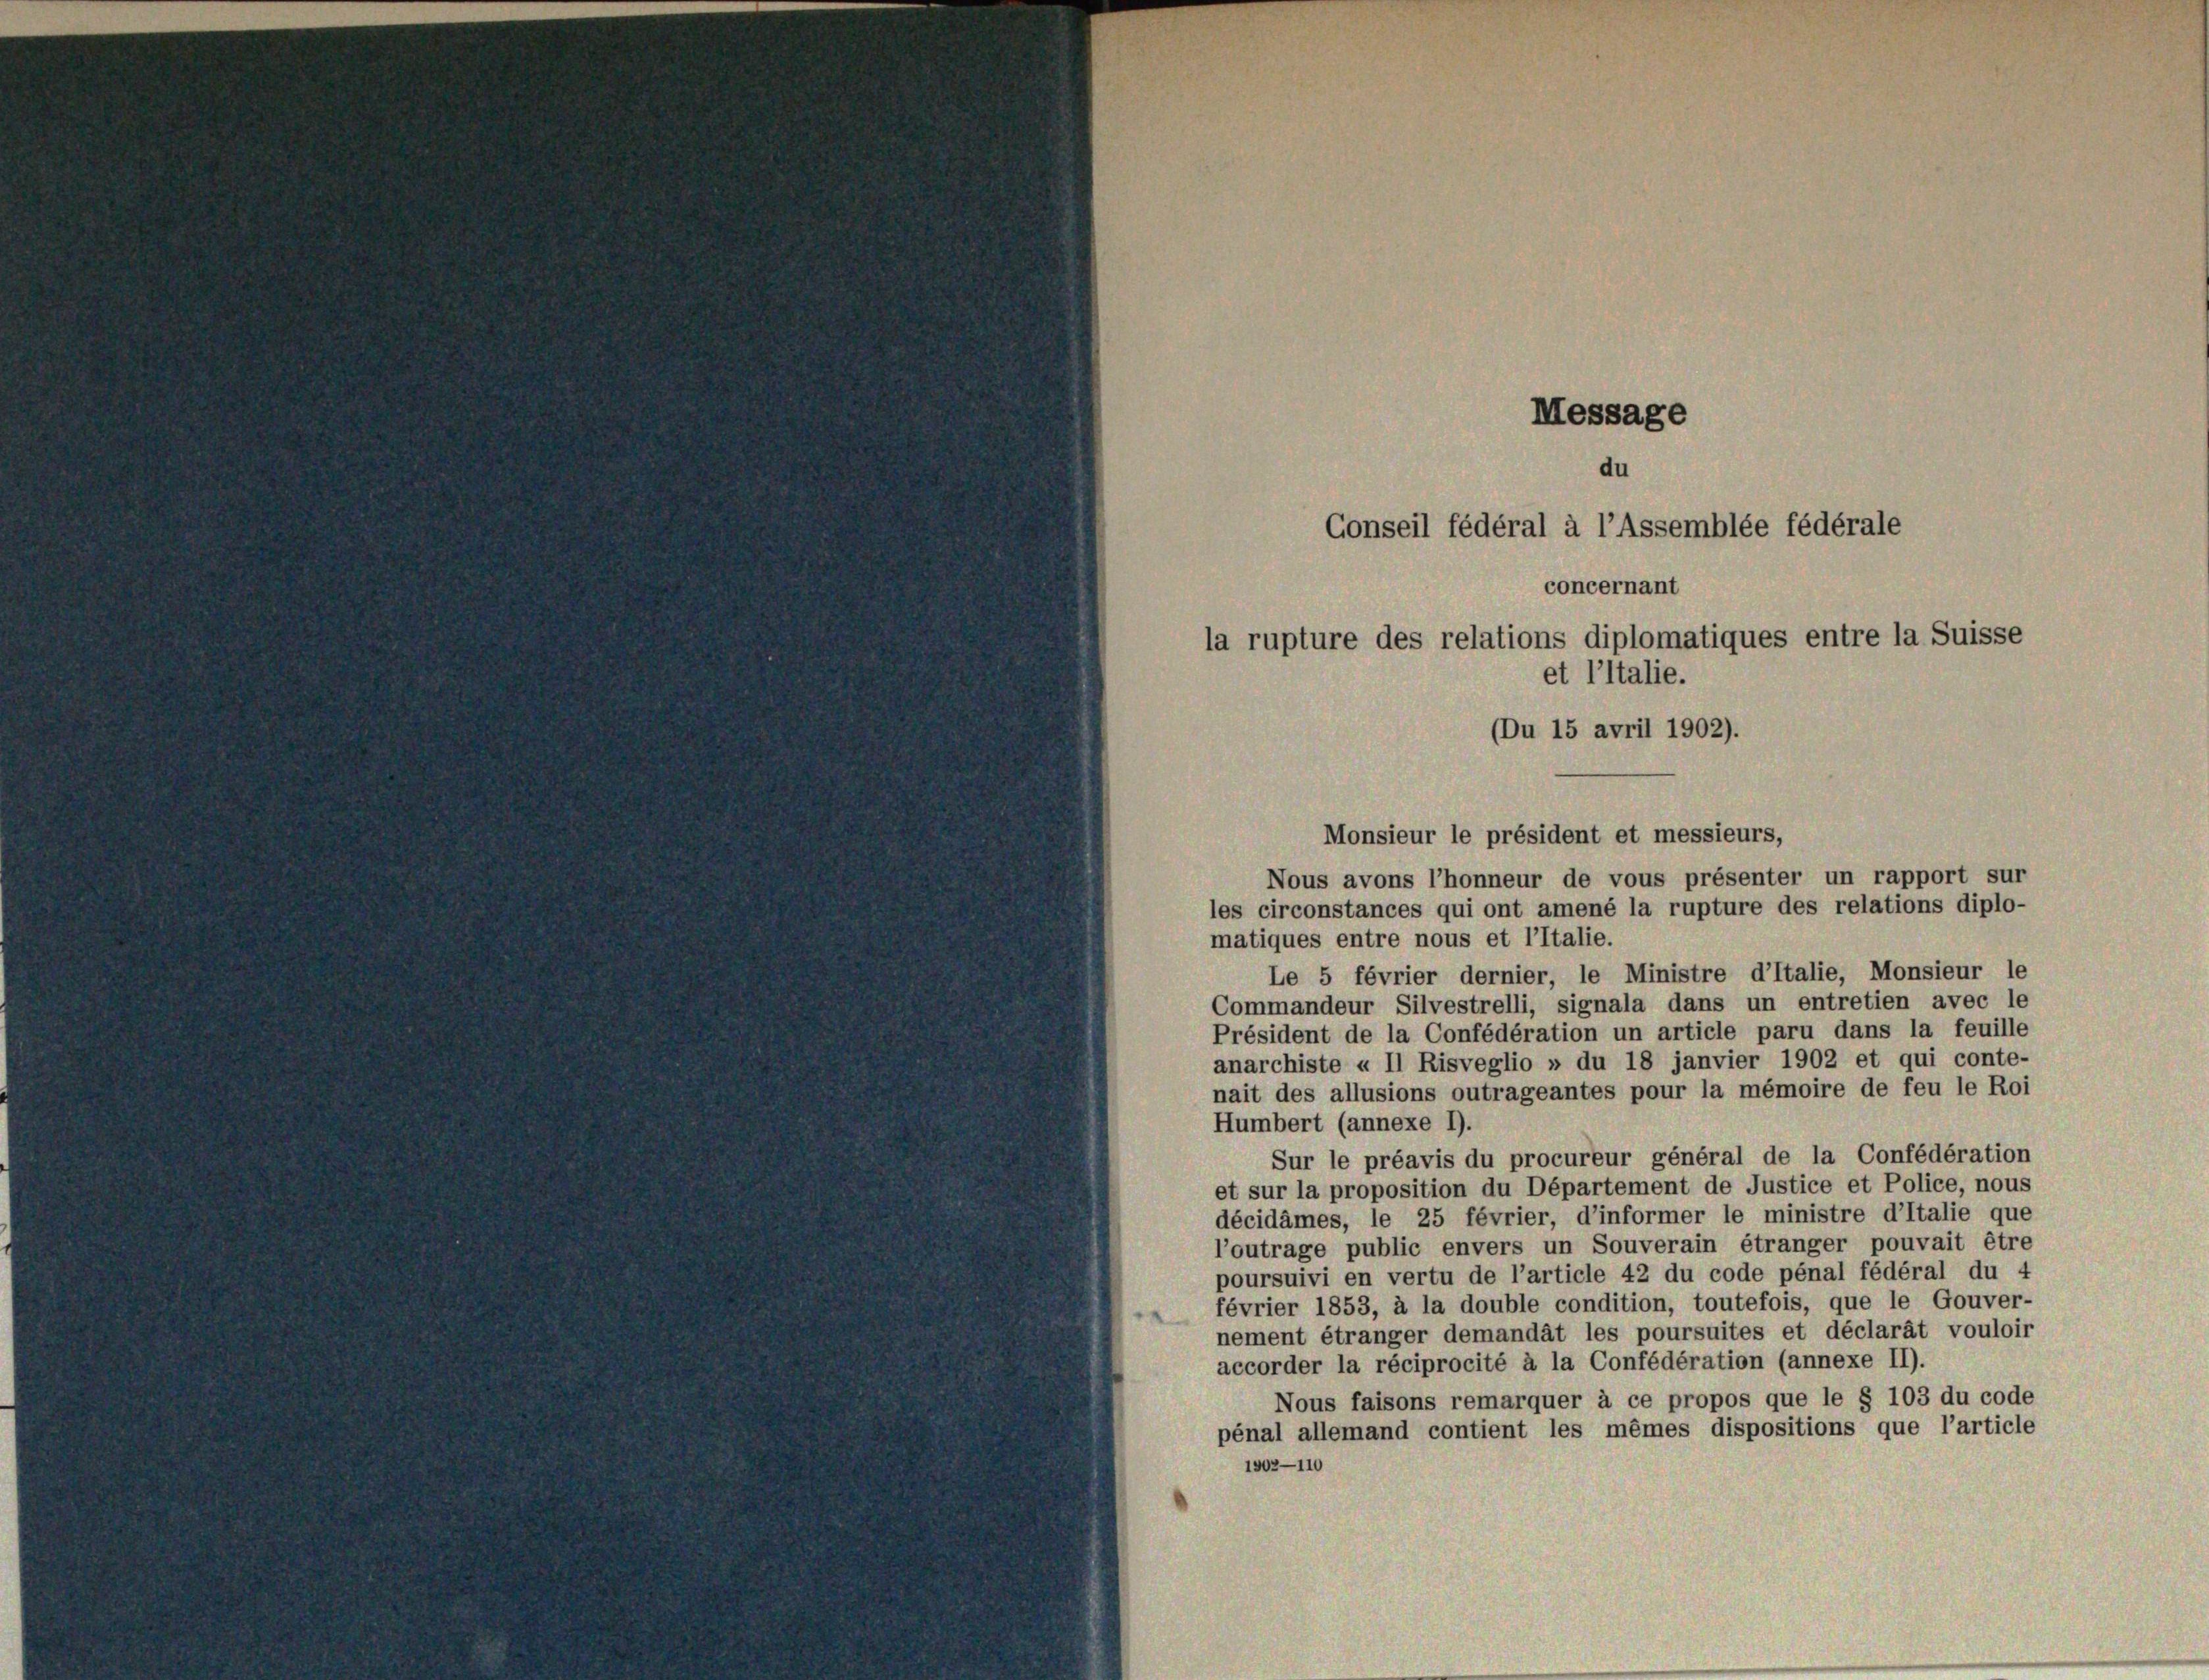
Message
du
Conseil fédéral à l’Assemblée fédérale
concernant
la rupture des relations diplomatiques entre la Suisse
et l’italie.
Du 15 avril 1902).

Nous avons l’honneur de vous présenter un rapport sur
les circonstances qui ont amené la rupture des relations diplo-
matiques entre nous et l’Italie.
Le 5 février dernier, le Ministre d’Italie, Monsieur le
Commandeur Silvestrelli, signala dans un entretien avec le
Président de la Confédération un article paru dans la feuille
anarchiste u II Risveglio » du 18 janvier 1902 et qui conte-
nait des allusions outrageantes pour la mémoire de feu le Roi
Humbert (annexe 1).
Sur le préavis du procureur général de la Confédération
et sur la proposition du Département de Justice et Police, nous
décidämes, le 25 février, d’informer le ministre d’Italie que
l’outrage public envers un Souverain étranger pouvait être
poursuivi en vertu de l’article 42 du code pénal fédéral du 4
février 1853, à la double condition, toutefois, que le Gouver-
nement étranger demandat les poursuites et déclarat vouloir
accorder la réciprocité à la Confédération (annexe II).
Nous faisons remarquer à ce propos que le § 103 du code
pénal allemand contient les mêmes dispositions que l’article
1902—110

Monsieur le président et messieurs,